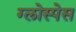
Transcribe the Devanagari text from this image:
ग्लोस्पेस